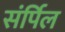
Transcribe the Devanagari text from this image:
संर्पिल